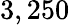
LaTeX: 3,250